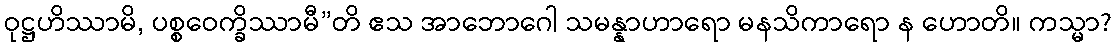
ဝုဋ္ဌဟိဿာမိ, ပစ္စဝေက္ခိဿာမီ”တိ ဧသ အာဘောဂေါ သမန္နာဟာရော မနသိကာရော န ဟောတိ။ ကသ္မာ?